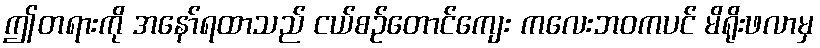
ဤတရားကို အနော်ရထာသည် ငယ်စဉ်တောင်ကျေး ကလေးဘဝကပင် မိရိုးဖလာမှ